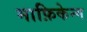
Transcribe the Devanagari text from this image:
माफ़िकेन्ग